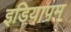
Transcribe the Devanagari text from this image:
इडियापम